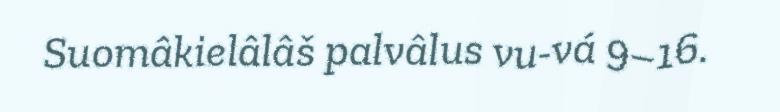
Suomâkielâlâš palvâlus vu-vá 9–16.